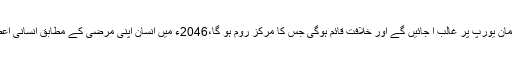
2043ء میں مسلمان یورپ پر غالب آ جائیں گے اور خلافت قائم ہوگی جس کا مرکز روم ہو گا،2046ء میں انسان اپنی مرضی کے مطابق انسانی اعضاء بنا سکے گا۔